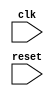
module synchronous_reset_functionality (
    input wire clk,
    input wire reset,
    // Other inputs and outputs here
);

// Internal logic
always @(posedge clk or negedge reset) begin
    if (!reset) begin
        // Actions to be performed on reset
    end
end

endmodule